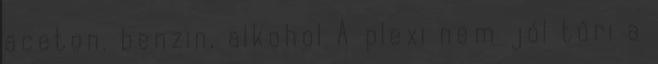
aceton, benzin, alkohol A plexi nem jól tűri a